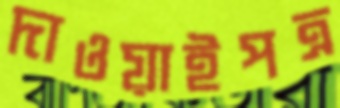
দাওয়াইপত্র